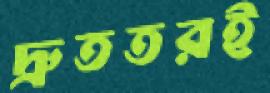
দ্রুততরই